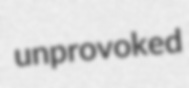
unprovoked